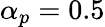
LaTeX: \alpha_{p}=0.5